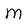
Character: M